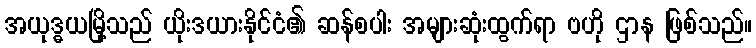
အယုဒ္ဓယမြို့သည် ယိုးဒယားနိုင်ငံ၏ ဆန်စပါး အများဆုံးထွက်ရာ ဗဟို ဌာန ဖြစ်သည်။